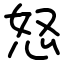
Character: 怒